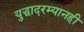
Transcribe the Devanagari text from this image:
युद्धादरम्यानही